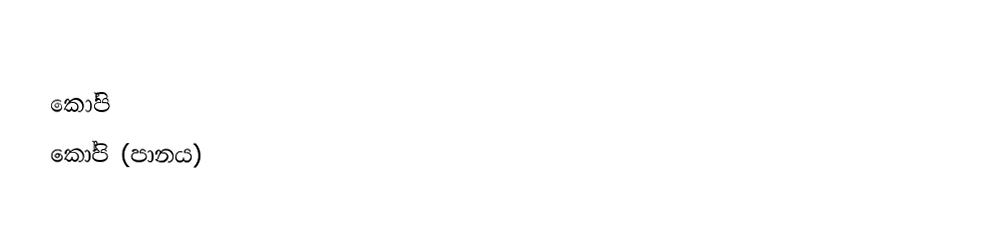
කෝපි
 කෝපි (පානය)